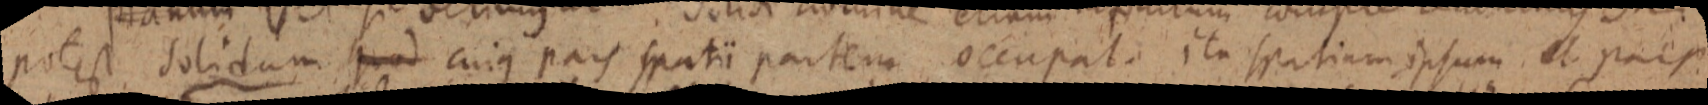
potest. solidum quod cuius pars spatii partem occupat. ita spatium ipsum et pars